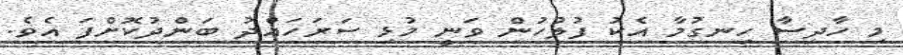
މި ހާދިސާ ހިނގުމާ އެކު ފުލުހުން ވަނީ މުޅި ސަރަހައްދު ބަންދުކޮށްފަ އެވެ.